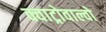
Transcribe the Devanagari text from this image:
क्वाट्रोवाल्वो